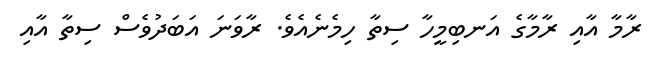
ރާމާ އާއި ރާމާގެ އަނބިމީހާ ސިތާ ހިމެނެއެވެ. ރާވަނަ އަބަދުވެސް ސިތާ އާއި